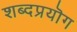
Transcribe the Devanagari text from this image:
शब्दप्रयॊग